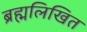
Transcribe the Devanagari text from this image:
ब्रह्मलिखित